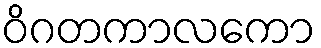
ဝိဂတကာလကော